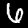
Label: 6